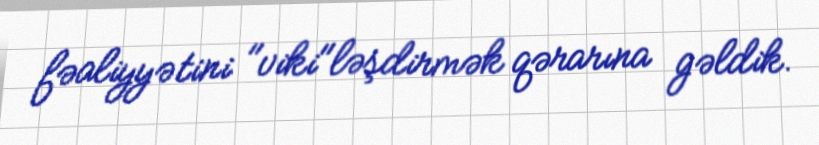
fəaliyyətini "viki"ləşdirmək qərarına gəldik.